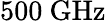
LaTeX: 500\ \mathrm{GHz}